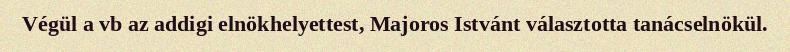
Végül a vb az addigi elnökhelyettest, Majoros Istvánt választotta tanácselnökül.